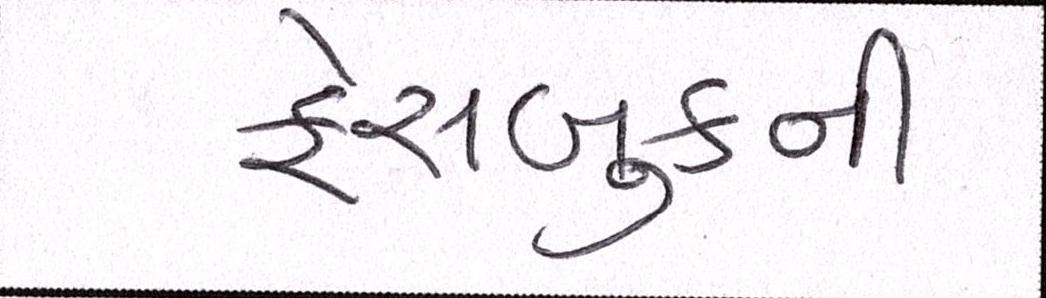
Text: ફેસબુકની